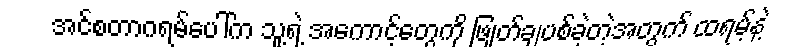
အင်စတာဂရမ်ပေါ်က သူ့ရဲ့ အကောင့်တွေကို ဖြုတ်ချပစ်ခဲ့တဲ့အတွက် ထရမ့်နဲ့